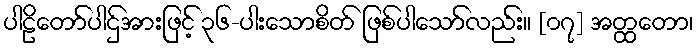
ပါဠိတော်ပါဌ်အားဖြင့် ၃၆-ပါးသောစိတ် ဖြစ်ပါသော်လည်း။ [၀၇] အတ္ထတော၊